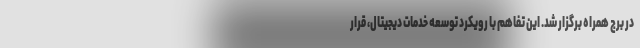
در برج همراه برگزار شد. این تفاهم با رویکرد توسعه خدمات دیجیتال، قرار